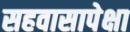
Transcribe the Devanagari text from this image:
सहवासापेक्षा